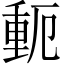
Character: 𬪾